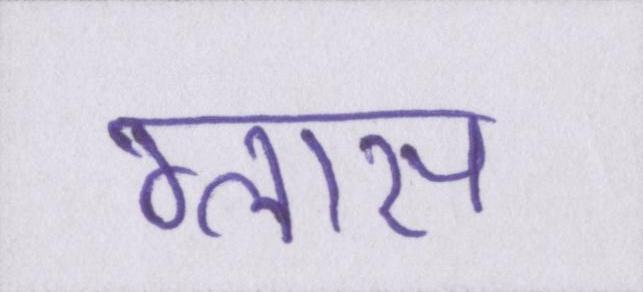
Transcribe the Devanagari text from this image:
ग्लास